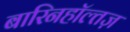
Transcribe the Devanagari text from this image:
बारिनहाॅल्तज़